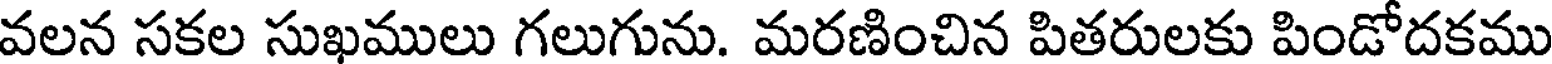
వలన సకల సుఖములు గలుగును. మరణించిన పితరులకు పిండోదకము